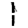
Digit: 1